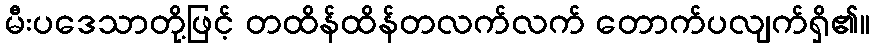
မီးပဒေသာတို့ဖြင့် တထိန်ထိန်တလက်လက် တောက်ပလျက်ရှိ၏။